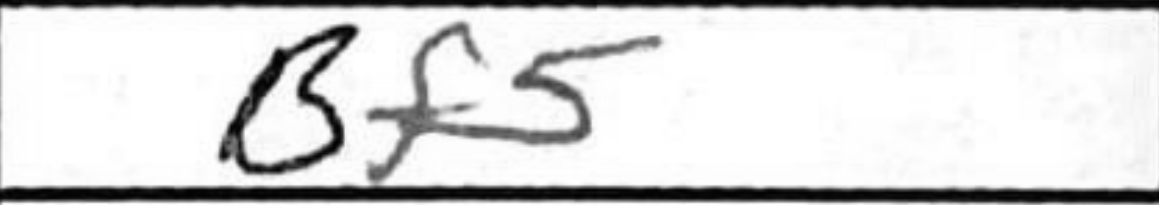
Transcription: Bf5